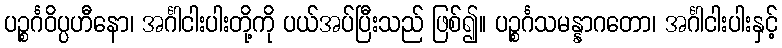
ပဉ္စင်္ဂဝိပ္ပဟီနော၊ အင်္ဂါငါးပါးတို့ကို ပယ်အပ်ပြီးသည် ဖြစ်၍။ ပဉ္စင်္ဂသမန္နာဂတော၊ အင်္ဂါငါးပါးနှင့်